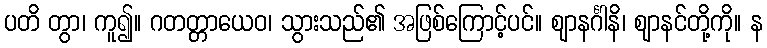
ပတိ တွာ၊ ကူ၍။ ဂတတ္တာယေဝ၊ သွားသည်၏ အဖြစ်ကြောင့်ပင်။ ဈာနင်္ဂါနိ၊ ဈာနင်တို့ကို။ န